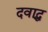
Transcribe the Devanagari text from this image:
दवाद्ध